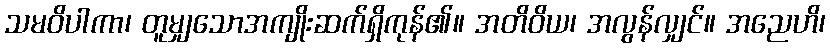
သမဝိပါကာ၊ တူမျှသောအကျိုးဆက်ရှိကုန်၏။ အတိဝိယ၊ အလွန်လျှင်။ အညေဟိ၊